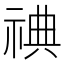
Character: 𬒿